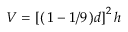
V = \left[ \right( 1 - 1 / 9 \left) d \right] ^ { 2 } h